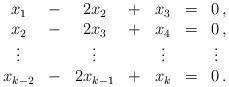
LaTeX: \begin{align*}\begin{array}{ccccccc}x_1 &- &2x_2 &+ &x_3 &= &0\,,\\x_2 & -&2x_3 &+ &x_4 &= &0\,,\\\vdots & &\vdots&&\vdots&&\vdots\,\,\\x_{k-2}& -&2x_{k-1}& + &x_k &=&0\,.\end{array}\end{align*}